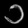
Digit: ၁